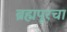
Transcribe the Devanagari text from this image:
ब्रह्मपूरचा